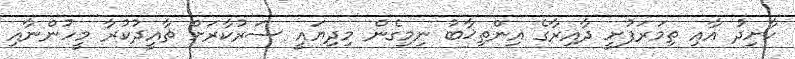
ކާށިދު އާއި ތިމަރަފުށީ ދާއިރާގެ އިންތިޚާބު ނިމިގެން މިދިޔައީ ސަރުކާރަށް ތާއީދުކުރާ މީހުންނާއި